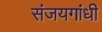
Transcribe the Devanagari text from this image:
संजयगांधी